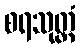
စရသုတ္တံ